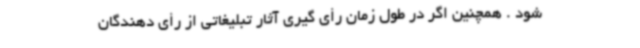
شود . همچنین اگر در طول زمان رأی گیری آثار تبلیغاتی از رأی دهندگان